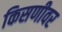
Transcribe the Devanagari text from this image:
किसणीवर